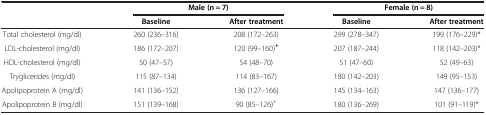
<table><thead><tr><td><b> </b></td><td colspan="2"><b>Male (n = 7)</b></td><td colspan="2"><b>Female (n = 8)</b></td></tr><tr><td><b> </b></td><td><b>Baseline</b></td><td><b>After treatment</b></td><td><b>Baseline</b></td><td><b>After treatment</b></td></tr></thead><tbody><tr><td>Total cholesterol (mg/dl)</td><td>260 (236–316)</td><td>208 (172–263)</td><td>299 (278–347)</td><td>199 (176–229)*</td></tr><tr><td>LDL-cholesterol (mg/dl)</td><td>186 (172–207)</td><td>120 (99–160)<sup><b>+</b></sup></td><td>207 (187–244)</td><td>118 (142–203)*</td></tr><tr><td>HDL-cholesterol (mg/dl)</td><td>50 (47–57)</td><td>54 (48–70)</td><td>51 (47–60)</td><td>52 (49–63)</td></tr><tr><td>Tryglicerides (mg/dl)</td><td>115 (87–134)</td><td>114 (83–167)</td><td>180 (142–203)</td><td>149 (95–153)</td></tr><tr><td>Apolipoprotein A (mg/dl)</td><td>141 (136–152)</td><td>136 (127–166)</td><td>145 (134–163)</td><td>147 (136–177)</td></tr><tr><td>Apolipoprotein B (mg/dl)</td><td>151 (139–168)</td><td>90 (85–126)<sup>+</sup></td><td>180 (136–269)</td><td>101 (91–119)*</td></tr></tbody></table>